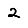
Digit: 2